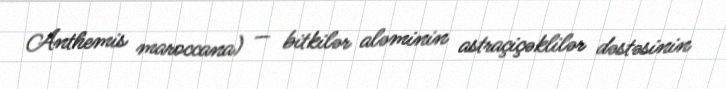
Anthemis maroccana) — bitkilər aləminin astraçiçəklilər dəstəsinin